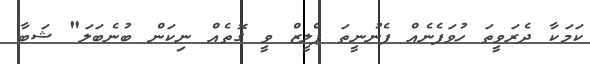
ކަމަކާ ދެރަވީތަ ހުވަފެނެއް ފެނުނީތަ ޕްލީޒް ވީ ގޮތެއް ނިކަން ބުނެބަލަ" ޝަބާ